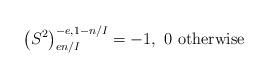
LaTeX: \begin{align*}\left(S^{2}\right)_{en/I}^{-e,1-n/I}=-1,\ 0\mbox{ otherwise}\end{align*}